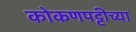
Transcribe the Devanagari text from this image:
कोकणपट्टीच्या